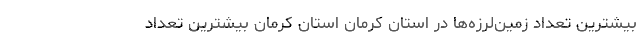
بیشترین تعداد زمین‌لرزه‌ها در استان کرمان استان کرمان بیشترین تعداد